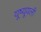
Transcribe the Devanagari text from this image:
यूष्यूयली